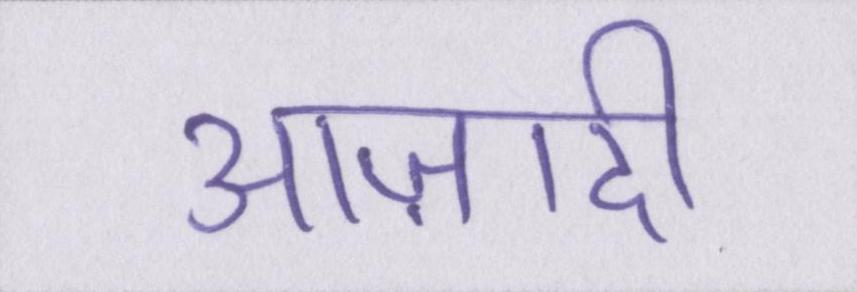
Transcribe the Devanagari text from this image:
आज़ादी